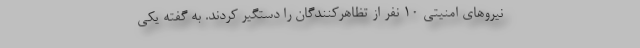
نیرو‌های امنیتی ۱۰ نفر از تظاهرکنندگان را دستگیر کردند. به گفته یکی